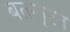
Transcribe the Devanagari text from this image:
बतसूरत